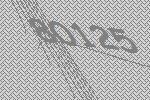
80125